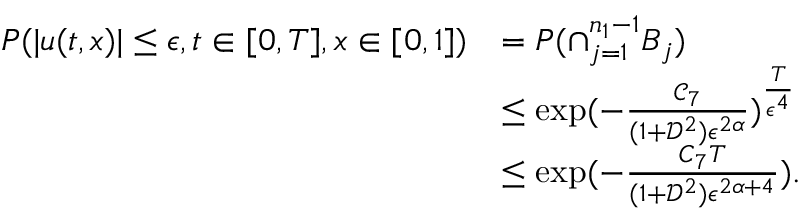
\begin{array} { r l } { P ( | u ( t , x ) | \leq \epsilon , t \in [ 0 , T ] , x \in [ 0 , 1 ] ) } & { = P ( \cap _ { j = 1 } ^ { n _ { 1 } - 1 } B _ { j } ) } \\ & { \leq \exp ( - \frac { \mathcal { C } _ { 7 } } { ( 1 + \mathcal { D } ^ { 2 } ) \epsilon ^ { 2 \alpha } } ) ^ { \frac { T } { \epsilon ^ { 4 } } } } \\ & { \leq \exp ( - \frac { C _ { 7 } T } { ( 1 + \mathcal { D } ^ { 2 } ) \epsilon ^ { 2 \alpha + 4 } } ) . } \end{array}